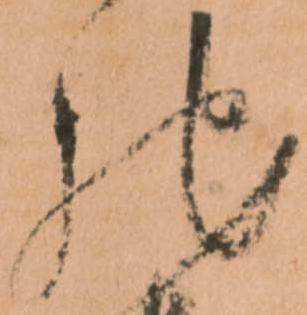
馳